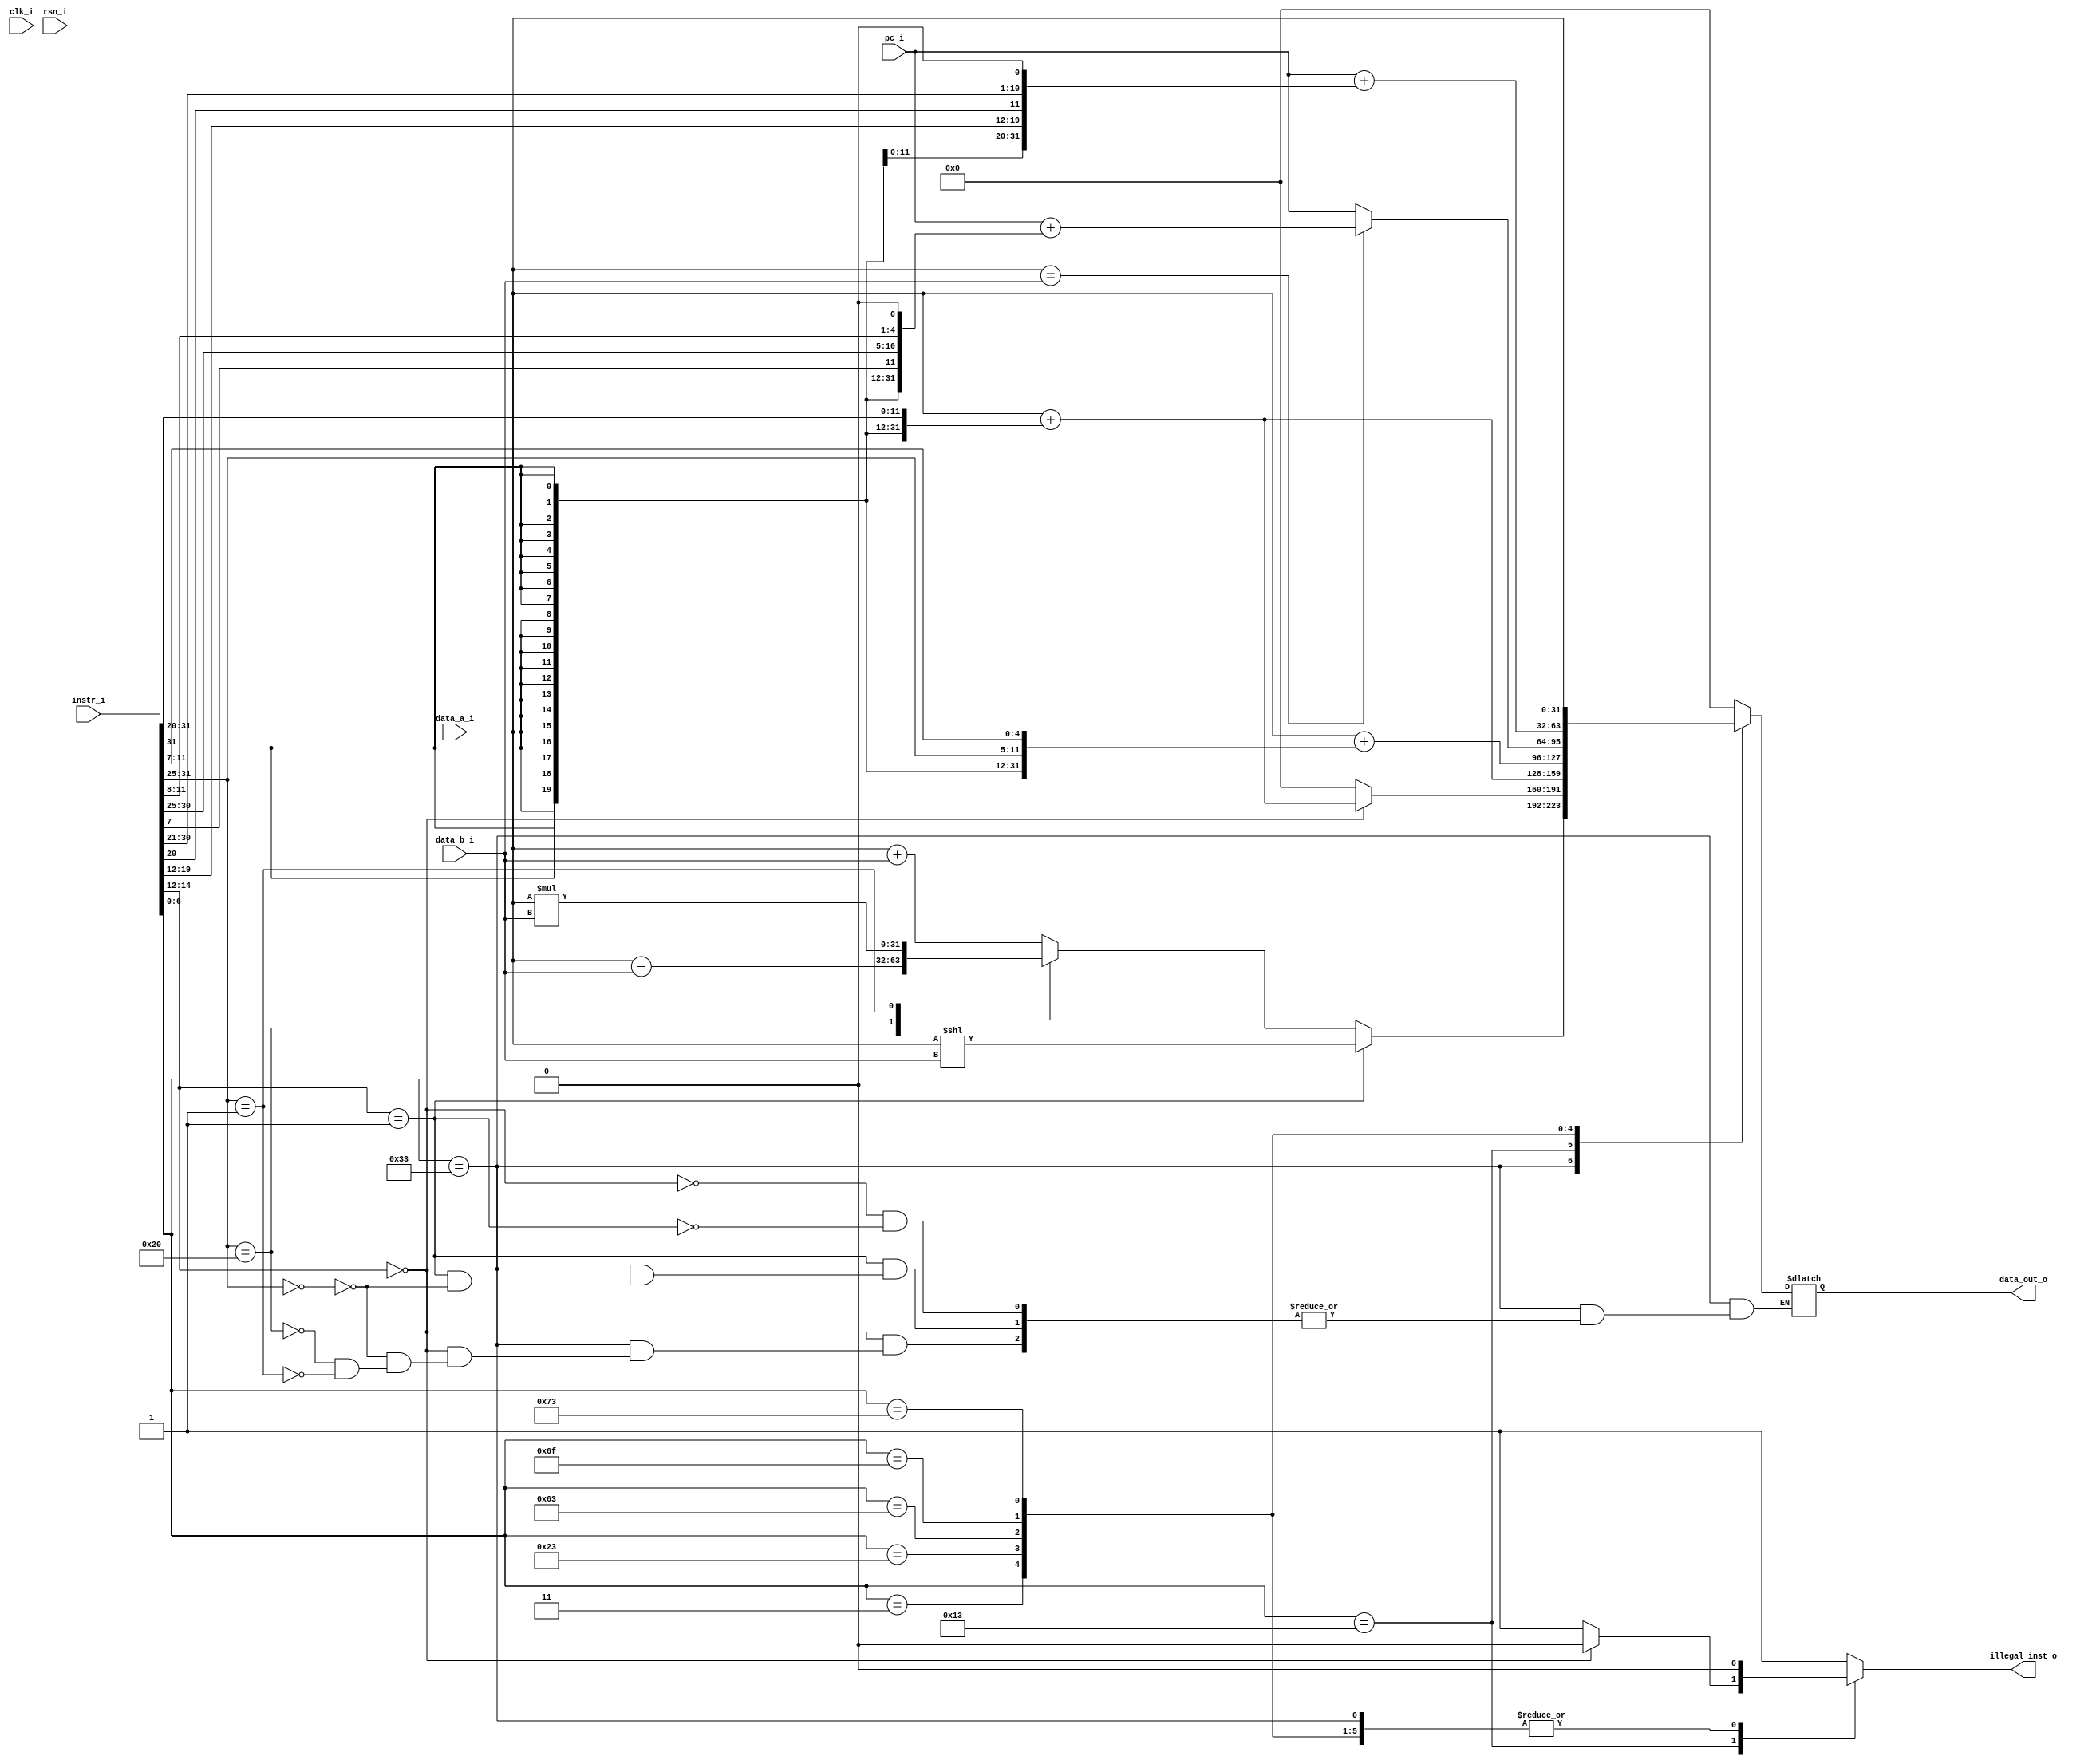
// Integer alu file

module int_alu(
input clk_i,
input rsn_i,
input [31:0] pc_i,
input [31:0] instr_i,
input [31:0] data_a_i,
input [31:0] data_b_i,
output [31:0] data_out_o,
output	illegal_inst_o);

wire	[6:0]	opcode;
wire	[6:0]	funct7;
wire	[2:0]	funct3;
reg	[31:0]	result;
reg		illegal_inst;
wire	[31:0]	unsigned_ext_imm;
wire	[31:0]	ext_imm;
wire	[31:0] jal_ext_imm;
wire	[31:0] branch_ext_imm;
wire	[31:0] store_ext_imm;
wire	[31:0] load_ext_imm;

assign	opcode = instr_i[6:0];
assign	funct7 = instr_i[31:25];
assign	funct3 = instr_i[14:12];	

assign	ext_imm = {{20{instr_i[31]}},instr_i[31:20]};
assign	unsigned_ext_imm = {20'b0, instr_i[31:20]};
assign  jal_ext_imm = {{11{instr_i[31]}},instr_i[31],instr_i[19:12],instr_i[20],instr_i[30:21],1'b0};
assign  branch_ext_imm = { {19{instr_i[31]}}, instr_i[31], instr_i[7], instr_i[30:25], instr_i[11:8], 1'b0 };
assign  store_ext_imm = { {20{instr_i[31]}}, instr_i[31:25], instr_i[11:7] };
assign  load_ext_imm = { {20{instr_i[31]}}, instr_i[31:20] };
assign  data_out_o = result;
assign  illegal_inst_o = illegal_inst;

always@(*)
begin
	illegal_inst = 1'b0;
	case (opcode)
	7'b0110011: begin 
		case (funct3)
		3'b000: begin 
			case(funct7)
			7'b0000000: result = data_a_i + data_b_i; // Add
			7'b0100000: result = data_a_i - data_b_i; // Sub
			7'b0000001: result = data_a_i * data_b_i; // Mul
			endcase
		end
		3'b001: begin
			case(funct7)
			7'b0000000: result = data_a_i << data_b_i; // SLL
			endcase
		end
		endcase
	end
	7'b0010011: begin
		case(funct3)
		3'b000: begin
			result = data_a_i + ext_imm; // Addi - NOP
		end
		default: begin
			result = 32'b0;
			illegal_inst = 1'b1;
		end
		endcase
	end
	7'b0000011: begin
		result = data_a_i + load_ext_imm; // Load
	end
	7'b0100011: begin
		result = data_a_i + store_ext_imm; // Store
	end
	7'b1100011: begin
		result =  (data_a_i == data_b_i) ? (pc_i + branch_ext_imm) : pc_i; // Beq
	end
	7'b1101111: begin
		result = pc_i + jal_ext_imm; // Jal
	end
	7'b1110011: begin
		result = data_a_i;
	end
	default: begin
		result = 32'b0;
		illegal_inst = 1'b1;
	end
	endcase
end
endmodule